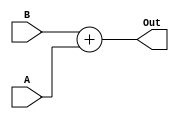
`timescale 1ns / 1ps

module alu(
    input [7:0] A,
    input [7:0] B,
    output [7:0] Out
);

assign Out = B+A;

endmodule